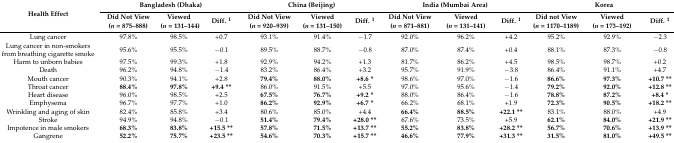
<table><thead><tr><td rowspan="2"><b>Health Effect</b></td><td colspan="3"><b>Bangladesh (Dhaka)</b></td><td colspan="3"><b>China (Beijing)</b></td><td colspan="3"><b>India (Mumbai Area)</b></td><td colspan="3"><b>Korea</b></td></tr><tr><td><b>Did Not View (<i>n</i> = 875–888)</b></td><td><b>Viewed (<i>n</i> = 131–144)</b></td><td><b>Diff. <sup>1</sup></b></td><td><b>Did Not View (<i>n</i> = 920–939)</b></td><td><b>Viewed (<i>n</i> = 131–150)</b></td><td><b>Diff. <sup>1</sup></b></td><td><b>Did Not View (<i>n</i> = 871–881)</b></td><td><b>Viewed (<i>n</i> = 131–141)</b></td><td><b>Diff. <sup>1</sup></b></td><td><b>Did not View (<i>n</i> = 1170–1189)</b></td><td><b>Viewed (<i>n</i> = 173–192)</b></td><td><b>Diff. <sup>1</sup></b></td></tr></thead><tbody><tr><td>Lung cancer</td><td>97.8%</td><td>98.5%</td><td>+0.7</td><td>93.1%</td><td>91.4%</td><td>−1.7</td><td>92.0%</td><td>96.2%</td><td>+4.2</td><td>95.2%</td><td>92.9%</td><td>−2.3</td></tr><tr><td>Lung cancer in non-smokers from breathing cigarette smoke</td><td>95.6%</td><td>95.5%</td><td>−0.1</td><td>89.5%</td><td>88.7%</td><td>−0.8</td><td>87.0%</td><td>87.4%</td><td>+0.4</td><td>88.1%</td><td>87.3%</td><td>−0.8</td></tr><tr><td>Harm to unborn babies</td><td>97.5%</td><td>99.3%</td><td>+1.8</td><td>92.9%</td><td>94.2%</td><td>+1.3</td><td>81.7%</td><td>86.2%</td><td>+4.5</td><td>98.5%</td><td>98.7%</td><td>+0.2</td></tr><tr><td>Death</td><td>96.2%</td><td>94.8%</td><td>−1.4</td><td>83.2%</td><td>86.4%</td><td>+3.2</td><td>95.7%</td><td>91.9%</td><td>−3.8</td><td>86.4%</td><td>91.1%</td><td>+4.7</td></tr><tr><td>Mouth cancer</td><td>90.3%</td><td>94.1%</td><td>+2.8</td><td><b>79.4%</b></td><td><b>88.0%</b></td><td><b>+8.6 *</b></td><td>98.6%</td><td>97.0%</td><td>−1.6</td><td><b>86.6%</b></td><td><b>97.3%</b></td><td><b>+10.7 **</b></td></tr><tr><td>Throat cancer</td><td><b>88.4%</b></td><td><b>97.8%</b></td><td><b>+9.4 **</b></td><td>86.0%</td><td>91.5%</td><td>+5.5</td><td>97.0%</td><td>95.6%</td><td>−1.4</td><td><b>79.2%</b></td><td><b>92.0%</b></td><td><b>+12.8 **</b></td></tr><tr><td>Heart disease</td><td>96.0%</td><td>98.5%</td><td>+2.5</td><td><b>67.5%</b></td><td><b>76.7%</b></td><td><b>+9.2 *</b></td><td>88.0%</td><td>86.4%</td><td>−1.6</td><td><b>78.8%</b></td><td><b>87.2%</b></td><td><b>+8.4 *</b></td></tr><tr><td>Emphysema</td><td>96.7%</td><td>97.7%</td><td>+1.0</td><td><b>86.2%</b></td><td><b>92.9%</b></td><td><b>+6.7 *</b></td><td>66.2%</td><td>68.1%</td><td>+1.9</td><td><b>72.3%</b></td><td><b>90.5%</b></td><td><b>+18.2 **</b></td></tr><tr><td>Wrinkling and aging of skin</td><td>82.4%</td><td>85.8%</td><td>+3.4</td><td>80.6%</td><td>85.0%</td><td>+4.4</td><td><b>66.4%</b></td><td><b>88.5%</b></td><td><b>+22.1 **</b></td><td>83.1%</td><td>88.0%</td><td>+4.9</td></tr><tr><td>Stroke</td><td>94.9%</td><td>94.8%</td><td>−0.1</td><td><b>51.4%</b></td><td><b>79.4%</b></td><td><b>+28.0 **</b></td><td>67.6%</td><td>73.5%</td><td>+5.9</td><td><b>62.1%</b></td><td><b>84.0%</b></td><td><b>+21.9 **</b></td></tr><tr><td>Impotence in male smokers</td><td><b>68.3%</b></td><td><b>83.8%</b></td><td><b>+15.5 **</b></td><td><b>57.8%</b></td><td><b>71.5%</b></td><td><b>+13.7 **</b></td><td><b>55.2%</b></td><td><b>83.8%</b></td><td><b>+28.2 **</b></td><td><b>56.7%</b></td><td><b>70.6%</b></td><td><b>+13.9 **</b></td></tr><tr><td>Gangrene</td><td><b>52.2%</b></td><td><b>75.7%</b></td><td><b>+23.5 **</b></td><td><b>54.6%</b></td><td><b>70.3%</b></td><td><b>+15.7 **</b></td><td><b>46.6%</b></td><td><b>77.9%</b></td><td><b>+31.3 **</b></td><td><b>31.5%</b></td><td><b>81.0%</b></td><td><b>+49.5 **</b></td></tr></tbody></table>